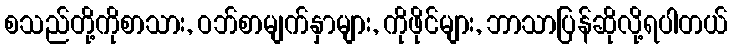
စသည်တို့ကိုစာသား, ဝဘ်စာမျက်နှာများ, ကိုဖိုင်များ, ဘာသာပြန်ဆိုလို့ရပါတယ်